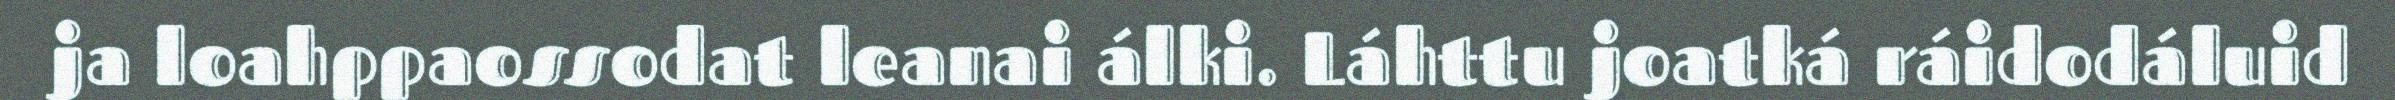
ja loahppaossodat leanai álki. Láhttu joatká ráidodáluid